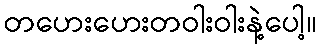
တဟေးဟေးတဝါးဝါးနဲ့ပေါ့။